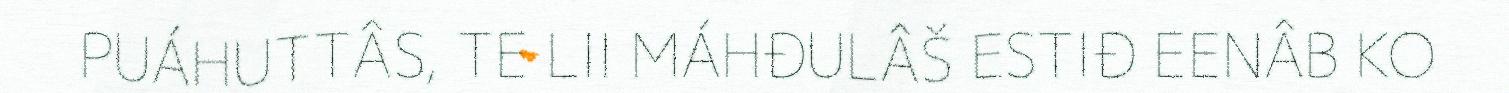
PUÁHUTTÂS, TE LII MÁHĐULÂŠ ESTIĐ EENÂB KO